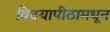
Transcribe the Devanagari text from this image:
विदयापीठामधून